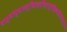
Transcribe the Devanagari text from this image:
बाह्योद्यानस्थितहरशिरश्चंद्रिकाधौतहर्म्या।।